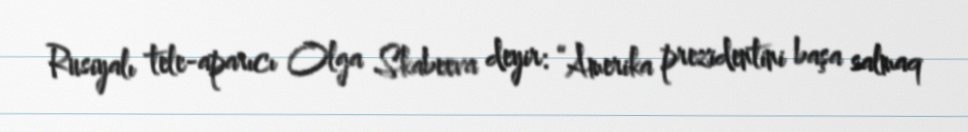
Rusiyalı tele-aparıcı Olga Skabeeva deyir: “Amerika prezidentini başa salmaq